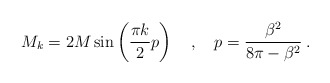
\begin{align*}M_{k}=2M\sin \left( \frac{\pi k}{2}p\right) \quad ,\quad p=\frac{\beta ^{2}}{8\pi -\beta ^{2}}\: .\end{align*}